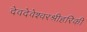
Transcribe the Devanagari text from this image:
देवदेवेश्वरश्रीहरिकी